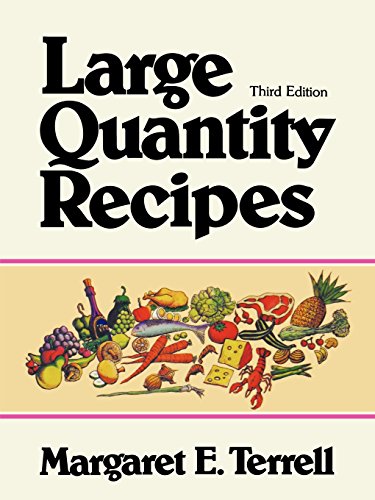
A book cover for Large Quantity Recipes, Fourth Edition; Margaret E. Terrell; Cookbooks, Food & Wine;